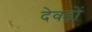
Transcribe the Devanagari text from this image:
देवड़ों